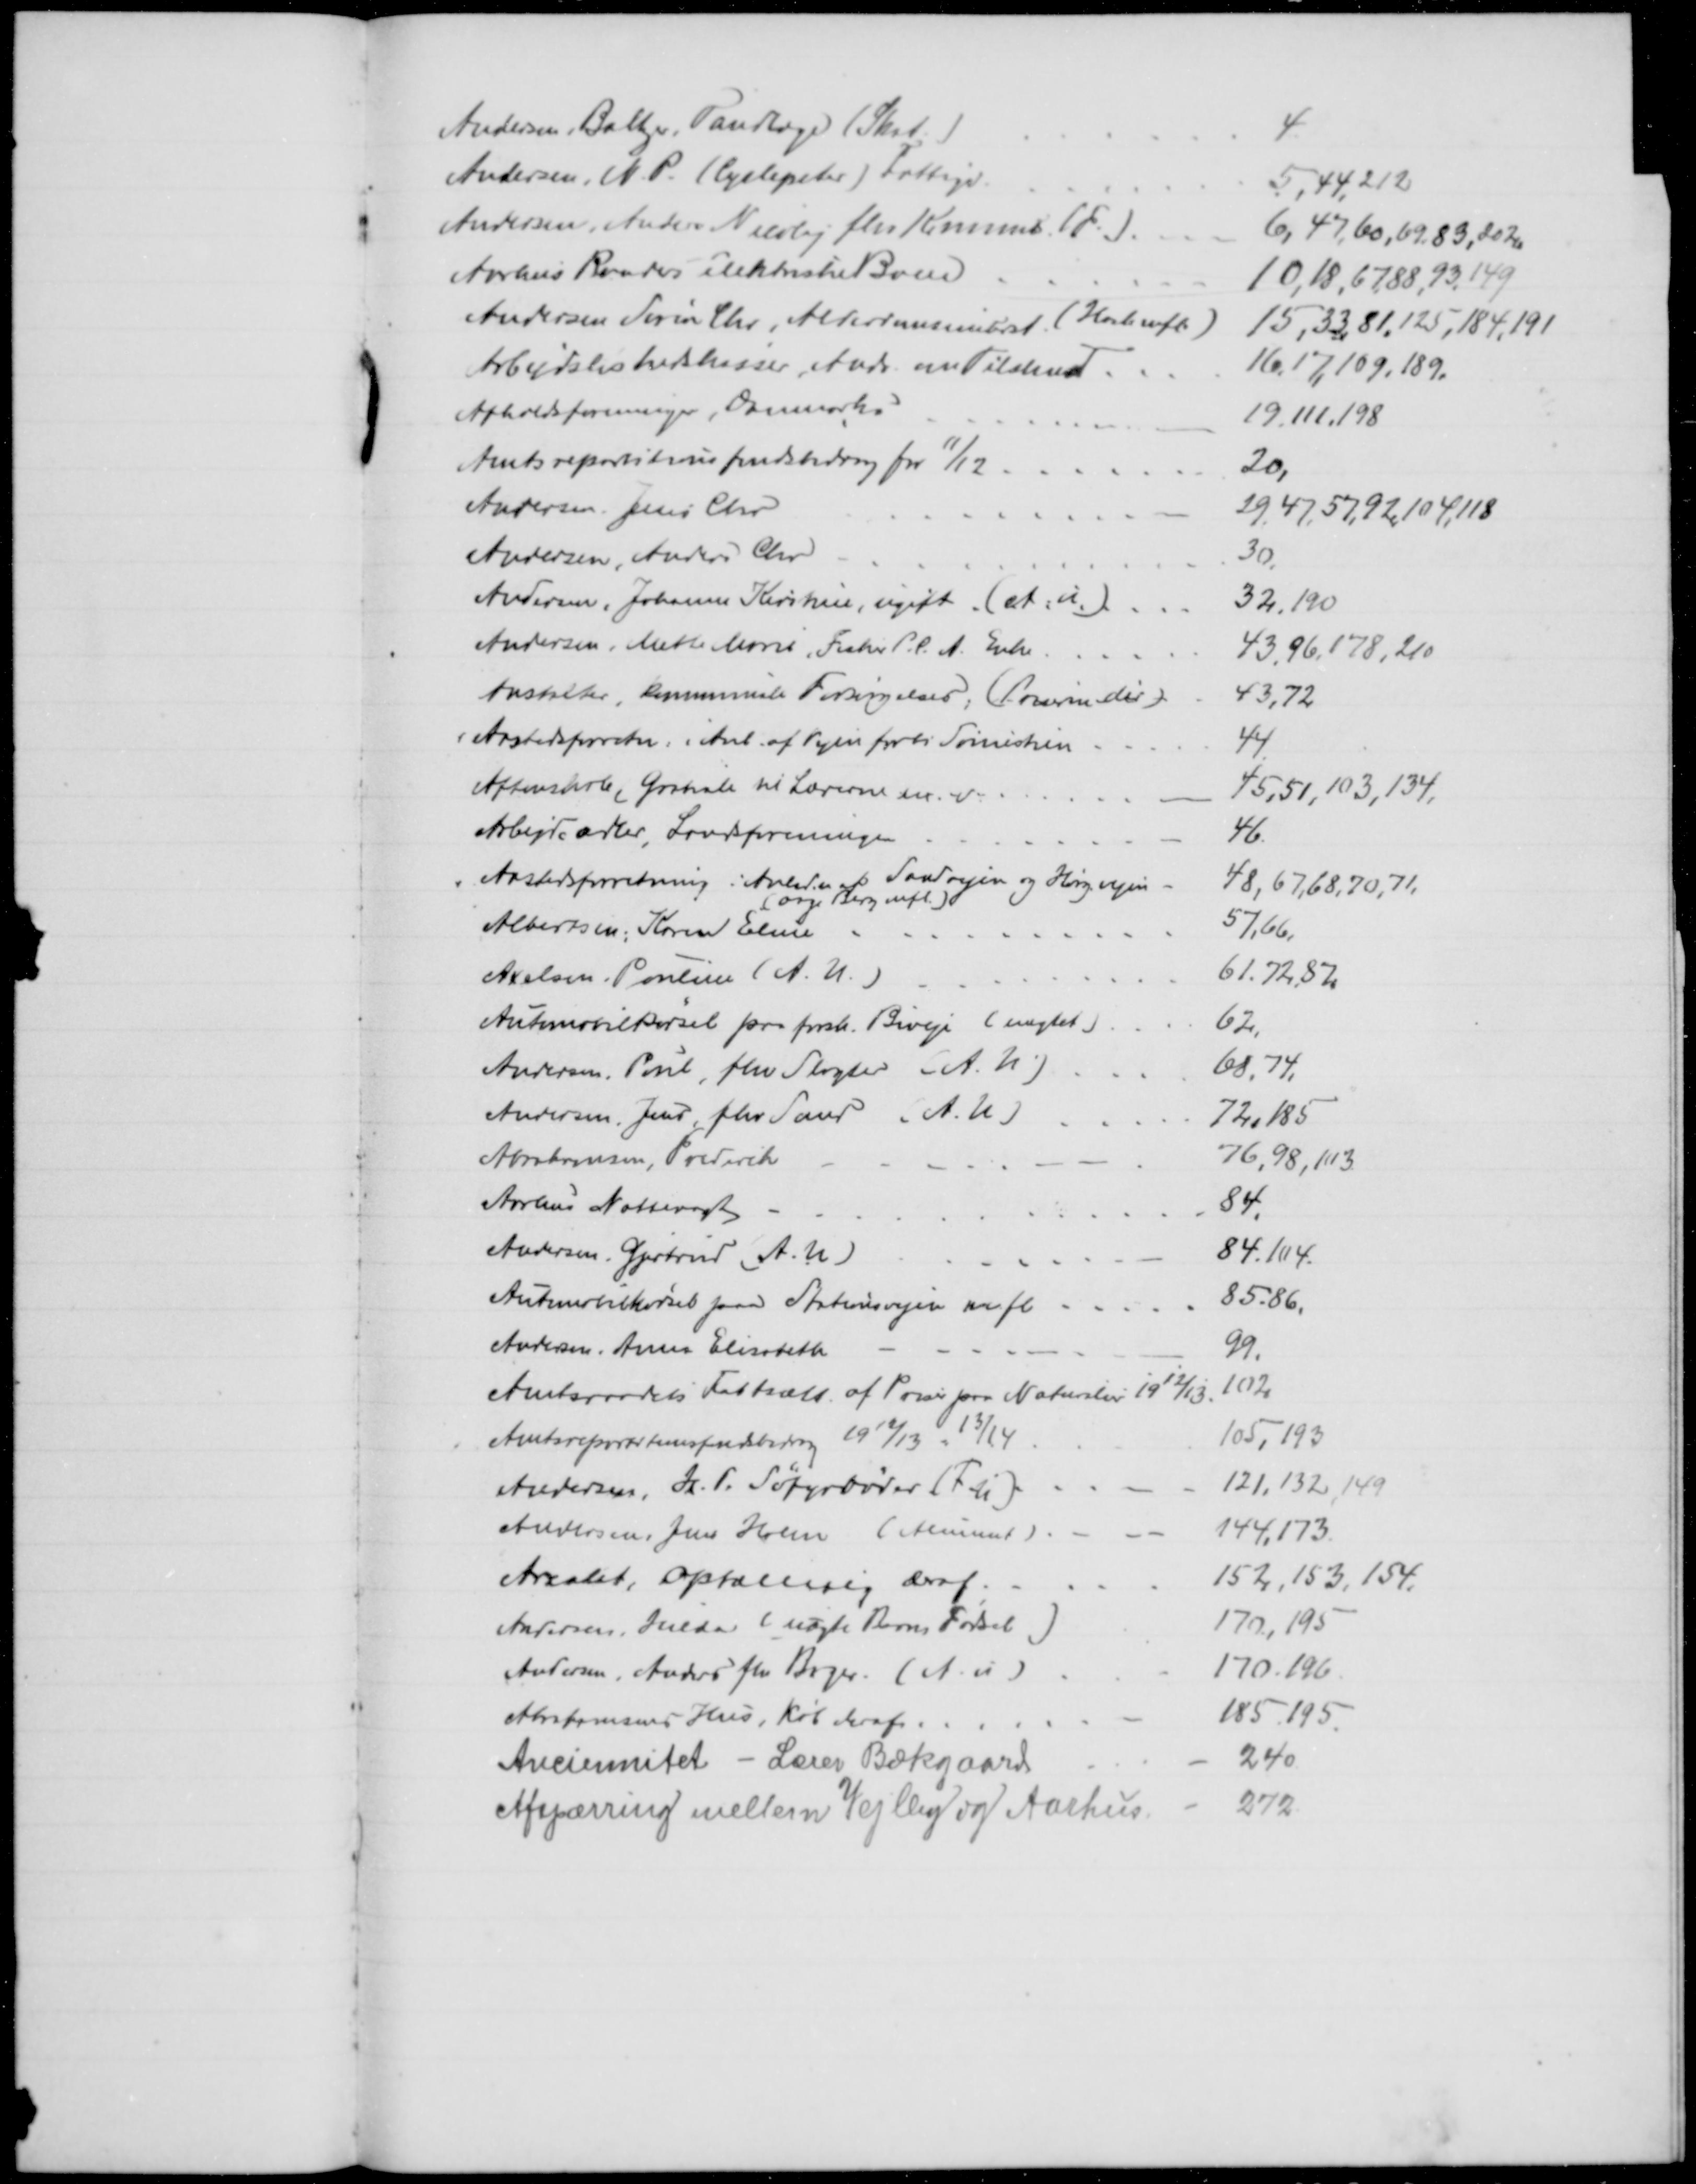
Transskription:
Andersen, Baltzer, Tandlæge (Skat.)
4
Andersen, N. P. (Cyclepeter) Fattigv.
5,44,212
Andersen, Anders Nicolaj fhv Kommis. (F.)
6, 47,60, 69, 83, 202
Aarhus Randers elektriske Bane
10,18,67,88,93,149
Andersen Søren Chr. Alderdomsunderst. (Heste mfl)
15,33,81,125,184,191
Arbejdsløshedskasser, Andr. om Tilskud
16,17,109,189.
Afholdsforeningen, Danmarks
19,111,198
Amtsrepartitionsfondsbidrag for 11/12
20,
Andersen Jens Chr
29,47,57,92,104,118
Andersen, Anders Chr
30
Andersen, Johanne Kirstine, ugift (A.u.)
32,190
Andersen, Mette Marie, Fisker P.P. A. Enke
43,96,178,210
Anstalter, kommunale Forsørgelser. (Priserne der)
43,72
Aastedsforretn. i Anl. af Vejen forbi Tørnestien 
44.
Aftenskole, Gratiale til Lærerne m. v.
45,51,103,134,
Arbejde adler, Landsforeningen
46.
Aastedsforretning i Anledn af Sandvejen og Hørg.vejen
(Aage Berg mfl.)
48,67,68,70,71,
Albertsen, Karen Eline
57,66.
Axelsen Pouline (A. U.)
61,72,87.
Automobilkørsel paa forsk. Biveje ( nægtet)
62.
Andersen, Poul, fhv Slagter (A. U.)
68,74,
Andersen, Jens, fhv. Sand (A.U.)
72,185
Abrahamsen, Frederik
76,98,113
Aarhus Nattevagt
84.
Andersen Gjertrud (A. U)
84,104.
Automobilkørsel paa Stationsvejen m. fl.
85-86.
Andersen, Anna Elisabeth
99.
Amtsraadets Fastsætt. af Priser paa Naturlier 1912/13
102
Amtsrepartitionsfondsbidrag 1912/13 - 13/14
105, 193
Andersen, H. P. Søfyrbøder (F-u)
121,132,149
Andersen, Jens Holm (Aliment)
144,173
Arealet, optælling deraf
152, 153, 154.
Andersen, Hilda (uægte Barns Fødsel)
170, 195
Andersen, Anders fhv Bager. (A. u)
170.196.
Abrahamsens Hus, Køb deraf
185.195.
Anciennitet - Lærer Bækgaard
240
Afspærring mellem Vejlby og Aarhus
272